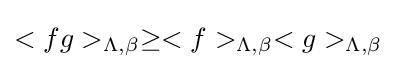
<fg>_{\Lambda ,\beta }\geq <f>_{\Lambda ,\beta }<g>_{\Lambda ,\beta }